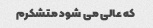
که عالی می شود متشکرم